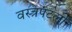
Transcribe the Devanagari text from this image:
वस्त्रपटलों